Insane asylums in Bengal annual reports 1867-1875 - 1867-1875
Year: 1867
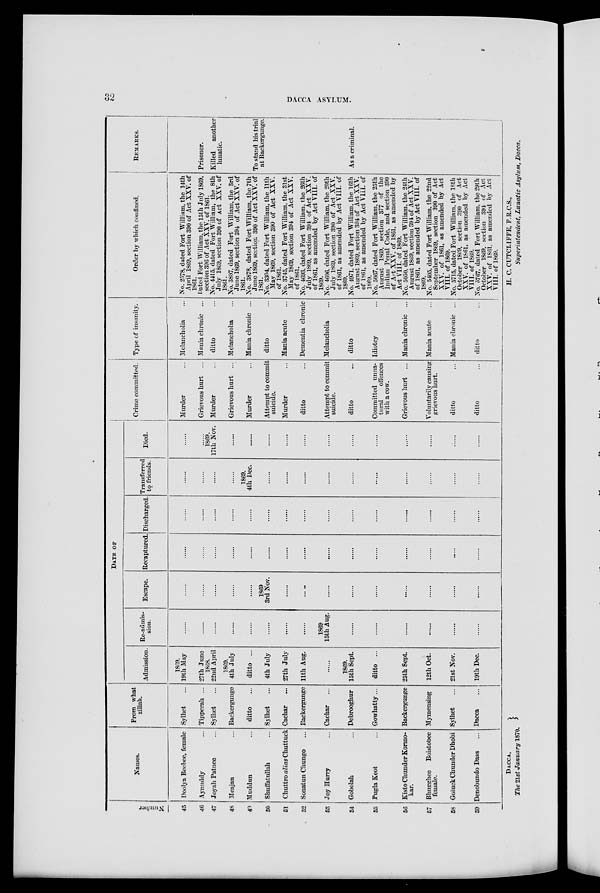
32
DACCA ASYLUM.
Number
45
46
47
48
49
50
51
52
53
54
55
56
57
58
59
Names.
Doolya Beebee, female
Aynuddy ...
Joyak Patnee ...
Meajan ...
Muddun ...
Shuffatullah ...
Chuttro alias Chuttuck
Sonatun Chungo ...
Joy Hurry ...
Gobolah ...
Pugla Keot ...
Kisto Chunder Kormo-
kar.
Bhugghee
Boistobee
female.
Goluck Chunder Dhobi
Denobundo Dass ...
From what
zillah.
Sylhet ...
Tipperah ...
Sylhet ...
Backergunge
ditto ...
Sylhet ...
Cachar ...
Backergunge
Cachar ...
Debrooghur
Gowhatty...
Backergunge
Mymensing
Sylhet ...
Dacca ...
DATE OF
Admission.
1869.
19th May
27th June
1868.
22nd April
1869.
4th July
ditto ...
4th July
27th July
11th Aug.
......
1869.
15th Sept.
ditto ...
25th Sept.
12th Oct.
21st Nov.
19th Dec.
Re-admis-
sion.
......
......
......
......
......
......
......
......
1869
15th Aug.
......
......
......
......
......
......
Escape.
......
......
.......
......
......
1869
3rd Nov.
......
......
......
......
......
......
......
......
......
Recaptured.
......
......
......
......
......
......
......
......
......
......
......
......
......
......
......
Discharged.
......
......
......
......
......
......
......
......
......
......
......
......
......
......
......
Transferred
to friends.
......
......
......
......
1869.
4th Dec.
......
......
......
......
......
......
......
......
......
......
Died.
......
...
1869.
17th Nov.
......
......
......
......
......
......
......
......
......
......
......
......
Crime committed.
Murder ...
Grievous hurt ...
Murder ...
Grievous hurt ...
Murder ...
Attempt to commit
suicide.
Murder ...
ditto ...
Attempt to commit
suicide.
ditto ...
Committed unna-
tural
offences
with a cow.
Grievous hurt ...
Voluntarily causing
grievous hurt.
ditto ...
ditto ...
Type of insanity.
Melancholia ...
Mania chronic ...
ditto ...
Melancholia ...
Mania chronic ...
ditto ...
Mania acute ...
Dementia chronic
Melancholia ...
ditto ...
Idiotcy ...
Mania chronic ...
Mania acute ...
Mania chronic ...
ditto ...
Order by which confined.
No. 2578, dated Fort William, the 14th
April 1869, section 390 of Act XXV. of
1861
Dated Fort William, the 15th July 1869,
section 396 of Act XXV. of 1861.
No. 4415, dated Fort William, the 8th
July 1869, section 390 of Act XXV. of
1861.
No. 3807, dated Fort William, the 3rd
June 1869, section 394 of Act XXV. of
1861.
No. 3878, dated Fort William, the 7th
June 1869, section 390 of Act XXV. of
1861.
No. 3304, dated Fort William, the 11th
May 1869, section 390 of Act XXV.
of 1861.
No. 3745, dated Fort William, the 31st
May 1869, section 394 of Act XXV.
of 1861.
No. 4693, dated Fort William, the 26th
July 1869, section 394 of Act XXV.
of 1861, as amended by Act VIII. of
1869.
No. 4606, dated Fort William, the 20th
July 1869, section 390 of Act XXV.
of 1861, as amended by Act VIII. of
1869.
No. 4971, dated Fort William, the 16th
August 1869, section 394 of Act XXV.
of 1861, as amended by Act VIII. of
1869.
No. 5067, dated Fort William, the 25th
August 1869, section 377 of the
Indian Penal Code, and section 390
of Act XXV. of 1861, as amended by
Act VIII. of 1869.
No. 5050, dated Fort William, the 24th
August 1869, section 394 of Act XXV.
of 1861, as amended by Act VIII. of
1869.
No. 5405, dated Fort William, the 22nd
September 1869, section 390 of Act
XXV. of 1861, as amended by Act
VIII. of 1869.
No. 5715, dated Fort William, the 18th
October 1869, section 390 of Act
XXV. of 1861, as amended by Act
VIII. of 1869.
No. 5767, dated Fort William, the 29th
October 1869, section 394 of Act
XXV. of 1861, as amended by Act
VIII. of 1869.
REMARKS.
Prisoner.
Killed
another
lunatic.
To stand his trial
at Backergunge.
As a criminal.
DACCA,
The 21st January 1870.
H. C. CUTCLIFFE, F.R.C.S.,
Superintendent, Lunatic Asylum, Dacca.